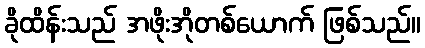
ခိုထိန်းသည် အဖိုးအိုတစ်ယောက် ဖြစ်သည်။